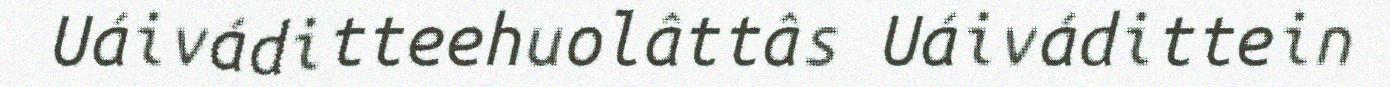
Uáiváditteehuolâttâs Uáivádittein